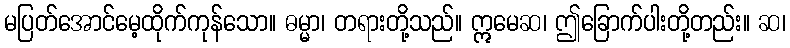
မပြတ်အောင်မေ့ထိုက်ကုန်သော။ ဓမ္မာ၊ တရားတို့သည်။ ဣမေဆ၊ ဤခြောက်ပါးတို့တည်း။ ဆ၊